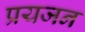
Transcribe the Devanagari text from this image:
प्रयजन